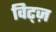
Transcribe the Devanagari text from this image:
विट्ज़